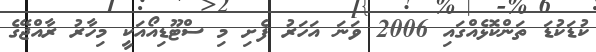
ކުޑަކުޑަ ތަންކޮޅެއްގައި 2006 ވަނަ އަހަރު ފެށި މި ސްޓޫޑިއޯއަކީ މިހާރު ރާއްޖޭގެ